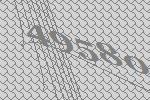
49580